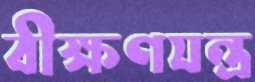
বীক্ষণযন্ত্র